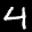
Label: 4